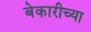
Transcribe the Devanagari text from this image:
बेकारीच्या